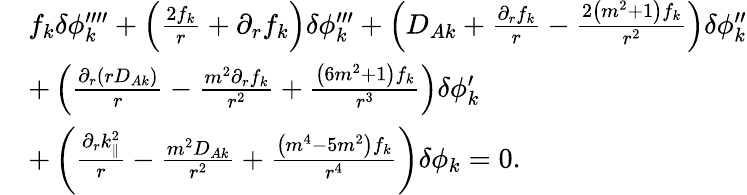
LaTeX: \begin{array}{rl}&{f_{k}\delta\phi_{k}^{\prime\prime\prime\prime}+\left(\frac{2f_{k}}{r}+\partial_{r}f_{k}\right)\delta\phi_{k}^{\prime\prime\prime}+\left(D_{A{k}}+\frac{\partial_{r}f_{k}}{r}-\frac{2\left(m^{2}+1\right)f_{k}}{r^{2}}\right)\delta\phi_{k}^{\prime\prime}}\\ &{+\left(\frac{\partial_{r}\left(rD_{A{k}}\right)}{r}-\frac{m^{2}\partial_{r}f_{{k}}}{r^{2}}+\frac{\left(6m^{2}+1\right)f_{k}}{r^{3}}\right)\delta\phi_{k}^{\prime}}\\ &{+\left(\frac{\partial_{r}k_{\parallel}^{2}}{r}-\frac{m^{2}D_{A{k}}}{r^{2}}+\frac{\left(m^{4}-5m^{2}\right)f_{{k}}}{r^{4}}\right)\delta\phi_{k}=0.}\end{array}